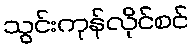
သွင်းကုန်လိုင်စင်